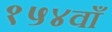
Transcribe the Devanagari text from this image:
१५४वाँ